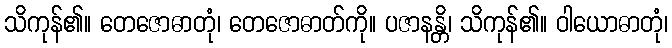
သိကုန်၏။ တေဇောဓာတုံ၊ တေဇောဓာတ်ကို။ ပဇာနန္တိ၊ သိကုန်၏။ ဝါယောဓာတုံ၊